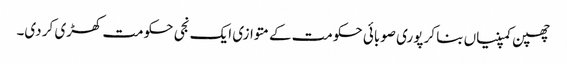
چھپن کمپنیاں بنا کر پوری صوبائی حکومت کے متوازی ایک نجی حکومت کھڑی کر دی۔